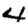
Digit: 4